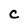
Character: C